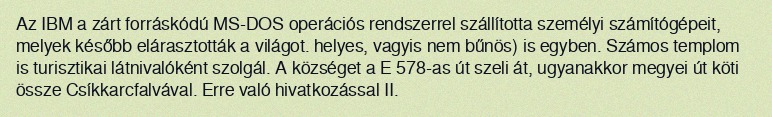
Az IBM a zárt forráskódú MS-DOS operációs rendszerrel szállította személyi számítógépeit, melyek később elárasztották a világot. helyes, vagyis nem bűnös) is egyben. Számos templom is turisztikai látnivalóként szolgál. A községet a E 578-as út szeli át, ugyanakkor megyei út köti össze Csíkkarcfalvával. Erre való hivatkozással II.